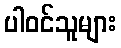
ပါဝင်သူများ